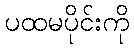
ပထမပိုင်းကို